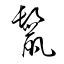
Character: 鬣